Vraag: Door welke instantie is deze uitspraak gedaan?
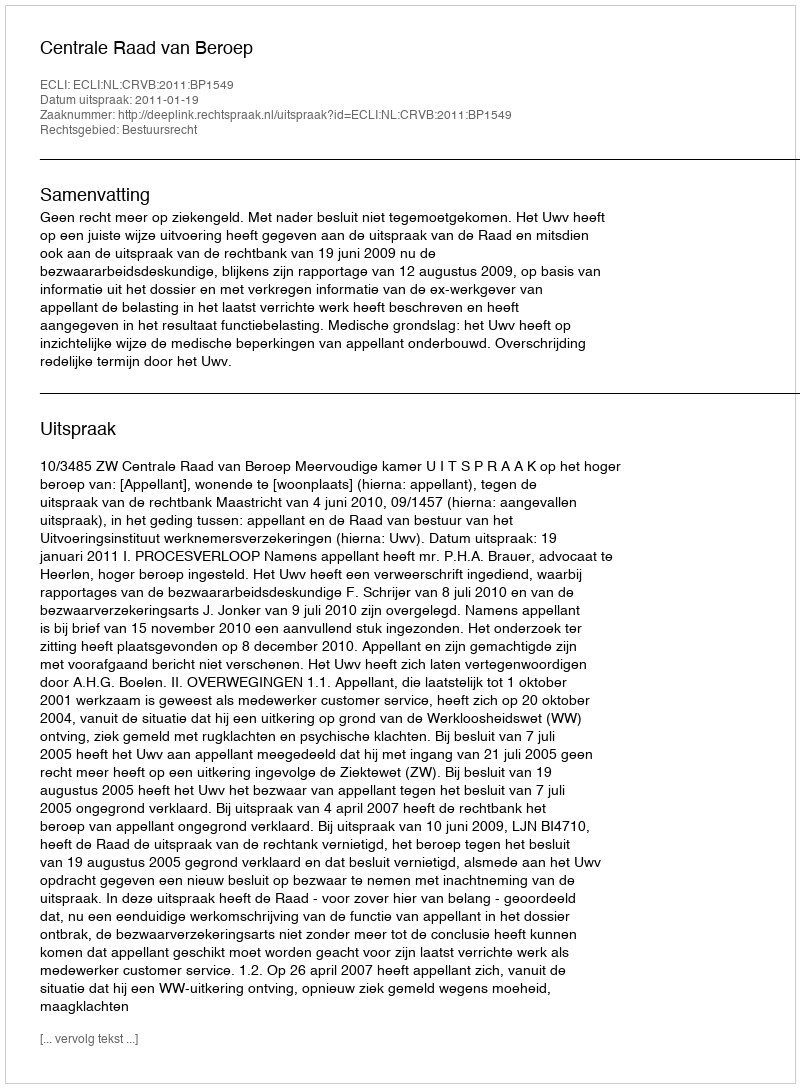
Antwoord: Centrale Raad van Beroep